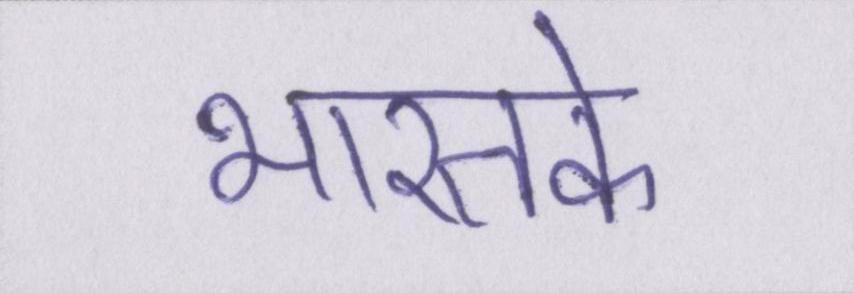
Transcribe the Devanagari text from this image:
भारतके